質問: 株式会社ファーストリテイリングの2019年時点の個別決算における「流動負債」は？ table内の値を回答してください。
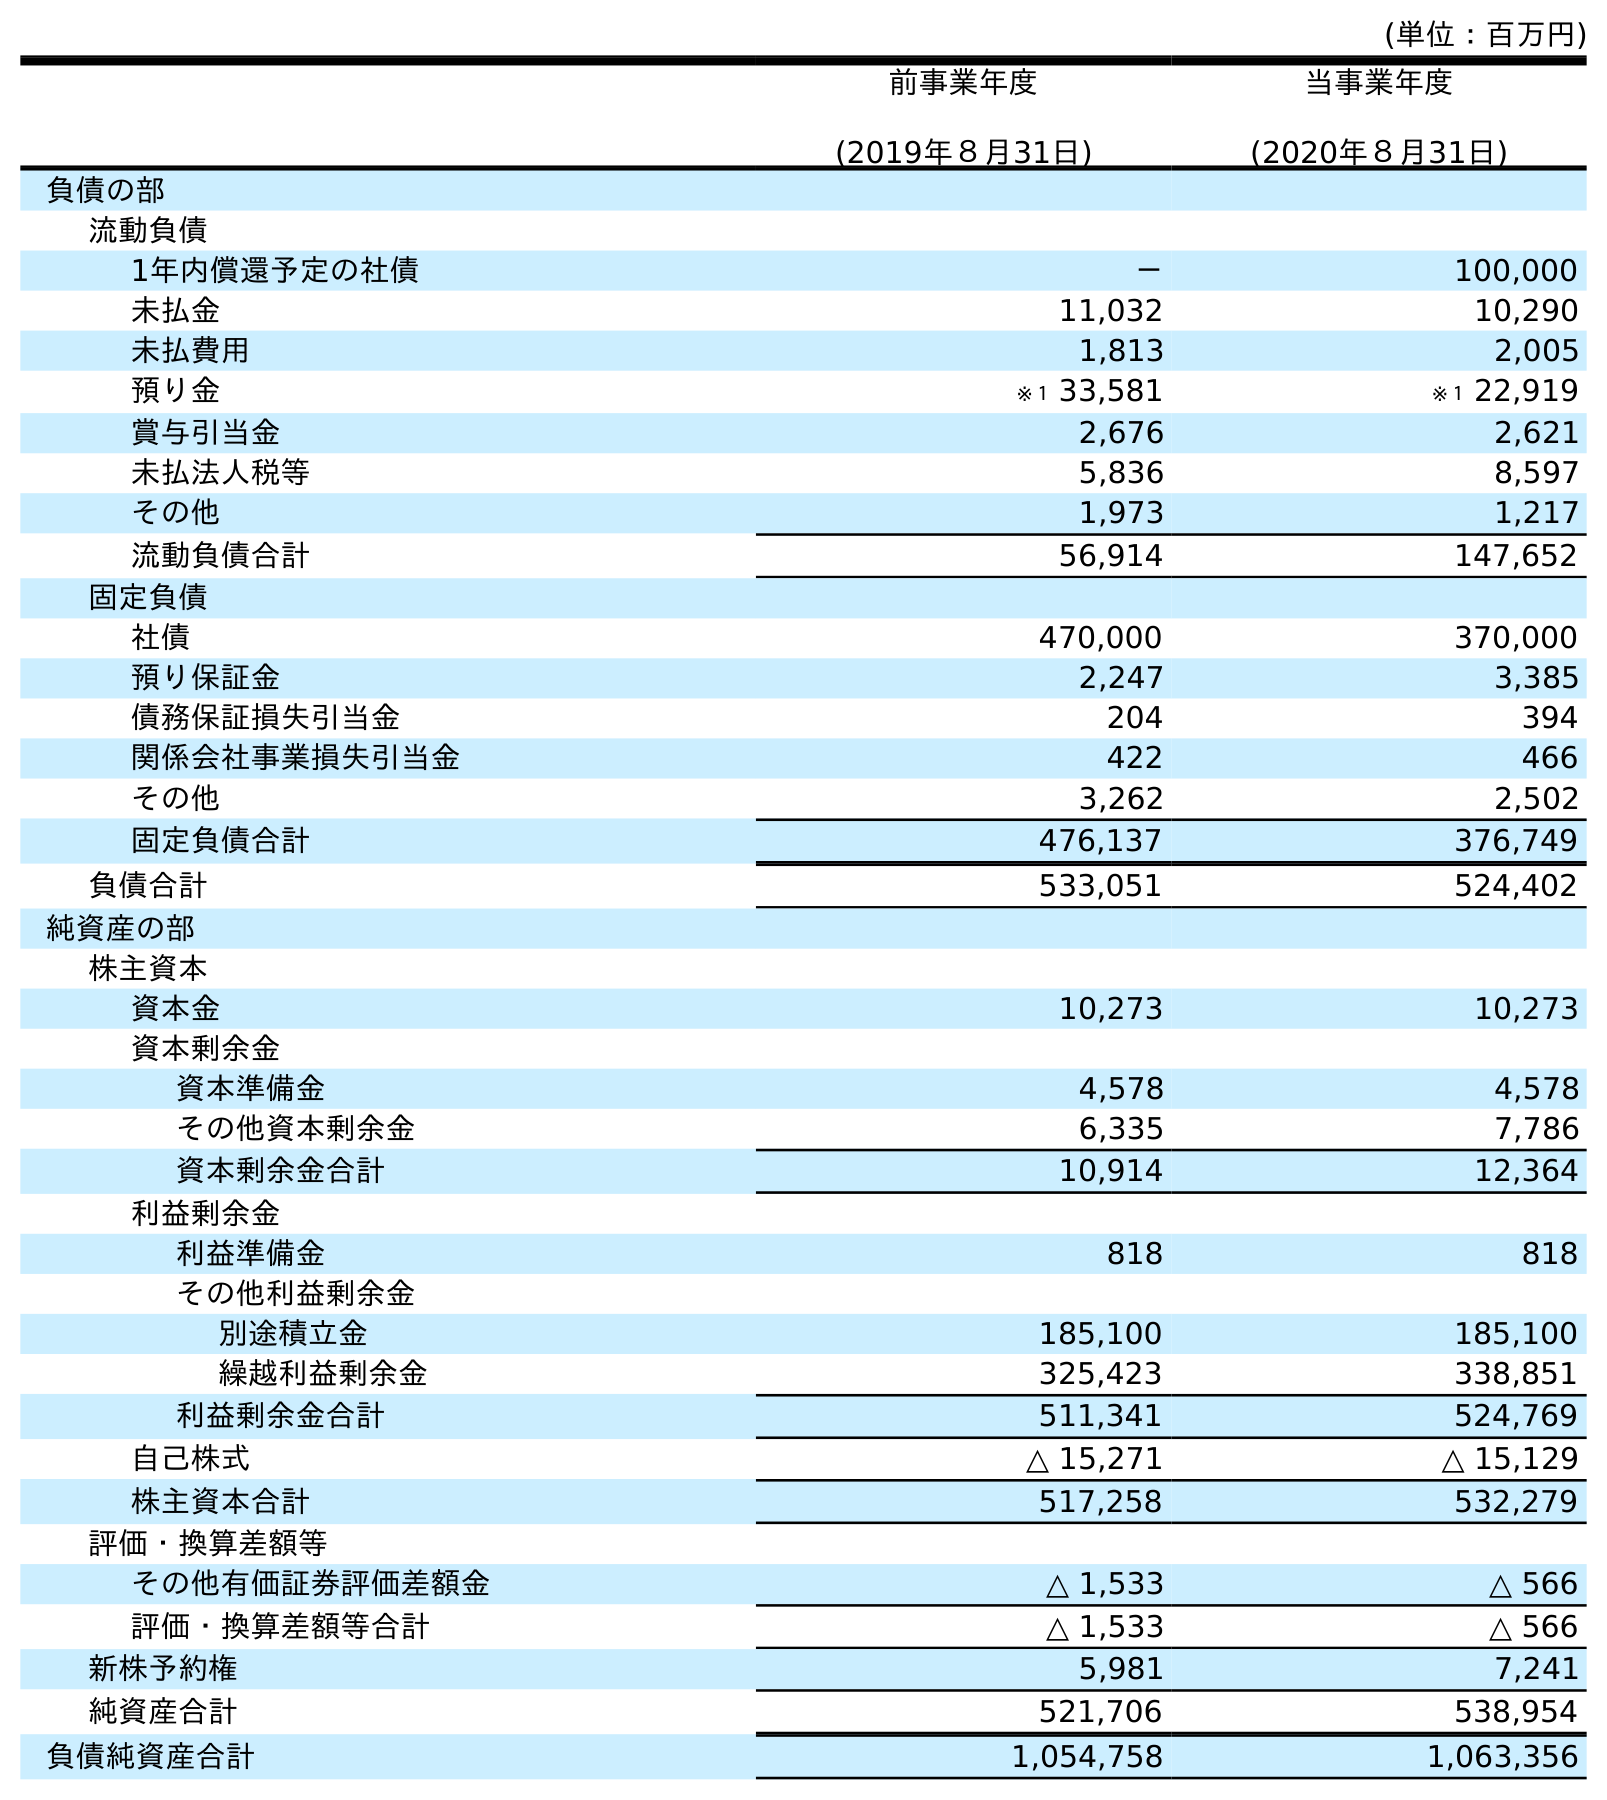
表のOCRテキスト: (単位：百万円) 前事業年度 (2019年８月31日) 当事業年度 (2020年８月31日) 負債の部 流動負債 1年内償還予定の社債 － 100,000 未払金 11,032 10,290 未払費用 1,813 2,005 預り金 ※１ 33,581 ※１ 22,919 賞与引当金 2,676 2,621 未払法人税等 5,836 8,597 その他 1,973 1,217 流動負債合計 56,914 147,652 固定負債 社債 470,000 370,000 預り保証金 2,247 3,385 債務保証損失引当金 204 394 関係会社事業損失引当金 422 466 その他 3,262 2,502 固定負債合計 476,137 376,749 負債合計 533,051 524,402 純資産の部 株主資本 資本金 10,273 10,273 資本剰余金 資本準備金 4,578 4,578 その他資本剰余金 6,335 7,786 資本剰余金合計 10,914 12,364 利益剰余金 利益準備金 818 818 その他利益剰余金 別途積立金 185,100 185,100 繰越利益剰余金 325,423 338,851 利益剰余金合計 511,341 524,769 自己株式 △ 15,271 △ 15,129 株主資本合計 517,258 532,279 評価・換算差額等 その他有価証券評価差額金 △ 1,533 △ 566 評価・換算差額等合計 △ 1,533 △ 566 新株予約権 5,981 7,241 純資産合計 521,706 538,954 負債純資産合計 1,054,758 1,063,356
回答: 56,914